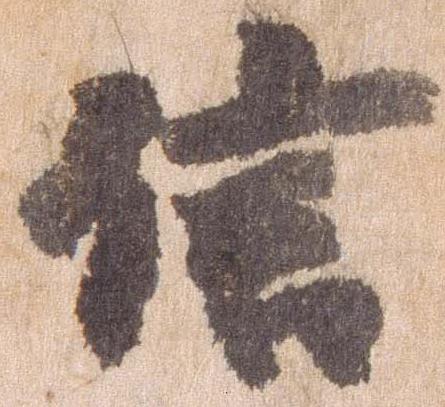
信